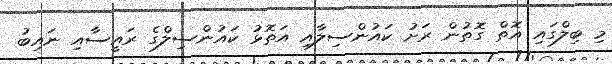
މި ބިލްގައި އޮތް ގޮތުން ރަށު ކައުންސިލާއި އަތޮޅު ކައުންސިލްގެ ރައީސާއި ނައިބު